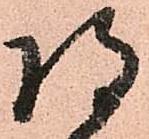
将